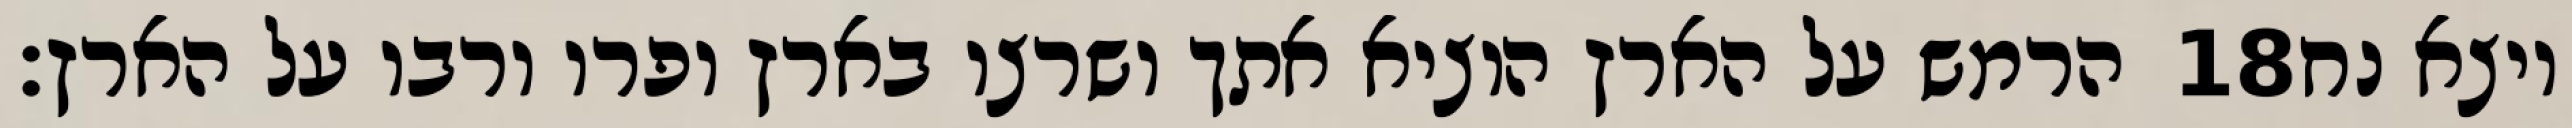
הרמש על הארץ הוציא אתך ושרצו בארץ ופרו ורבו על הארץ׃ ‎18‏ ויצא נח